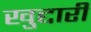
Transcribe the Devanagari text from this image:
खुद्दारी